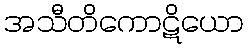
အသီတိကောဋိယော